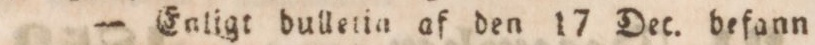
— Enligt dulletia af den 17 Dec. befann